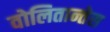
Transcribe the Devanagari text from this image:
वोलितान्तेस